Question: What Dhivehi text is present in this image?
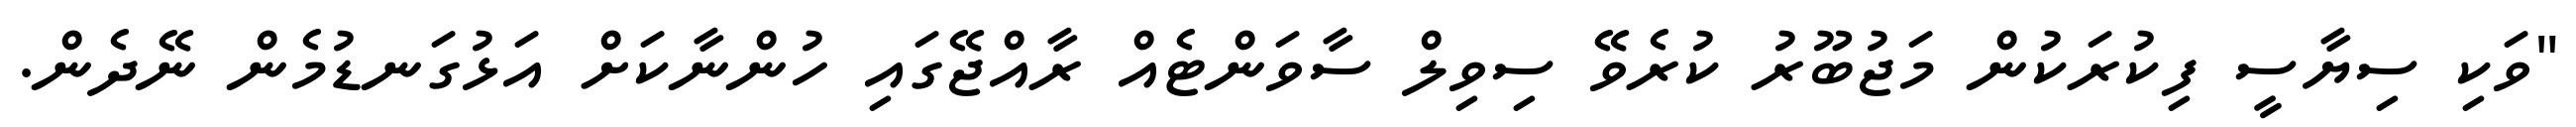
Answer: "ވަކި ސިޔާސީ ފިކުރަކުން މަޖުބޫރު ކުރެވޭ ސިވިލް ސާވަންޓެއް ރާއްޖޭގައި ހުންނާކަށް އަޅުގަނޑުމެން ނޭދެން.